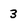
Character: 3